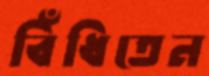
বিঁধিতেন